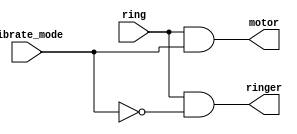
module top_module (
    input ring,
    input vibrate_mode,
    output ringer,       // Make sound
    output motor         // Vibrate
);
    always @(*) begin
        ringer=ring&&(~vibrate_mode);
        motor=ring&&vibrate_mode;
    end
endmodule